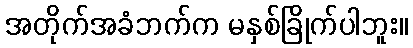
အတိုက်အခံဘက်က မနှစ်ခြိုက်ပါဘူး။